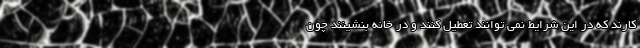
کارند که در این شرایط نمی توانند تعطیل کنند و در خانه بنشینند چون